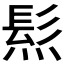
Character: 𤌩